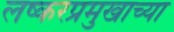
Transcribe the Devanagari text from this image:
लष्करप्रमुखाच्या